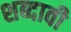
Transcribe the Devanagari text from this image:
शब्दावी